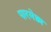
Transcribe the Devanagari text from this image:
पारमेष्ठ्य